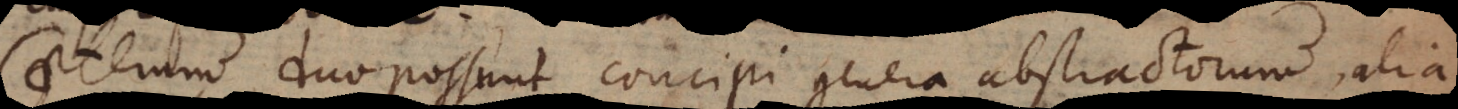
terum duo possunt concipi genera abstractorum, alia